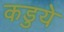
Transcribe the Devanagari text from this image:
कडुये